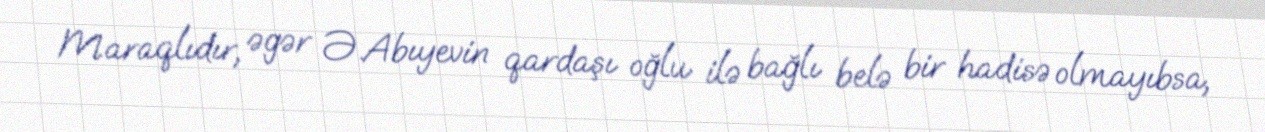
Maraqlıdır, əgər Ə.Abıyevin qardaşı oğlu ilə bağlı belə bir hadisə olmayıbsa,